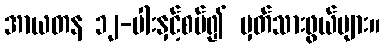
အာယတန ၁၂-ပါးနှင့်စပ်၍ မှတ်သားဖွယ်များ။